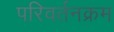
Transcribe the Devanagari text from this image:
परिवर्तनक्रम